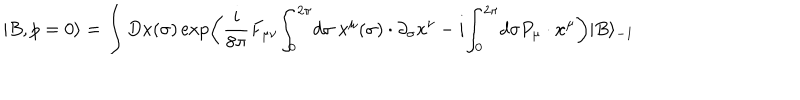
| B , p = 0 \rangle = \int D x ( \sigma ) \exp \left( { \frac { i } { 8 \pi } } F _ { \mu \nu } { \int _ { 0 } } ^ { 2 \pi } d \sigma ~ x ^ { \mu } ( \sigma ) \cdot \partial _ { \sigma } x ^ { \nu } - i { \int _ { 0 } } ^ { 2 \pi } d \sigma P _ { \mu } \cdot x ^ { \mu } \right) | B \rangle _ { - 1 }